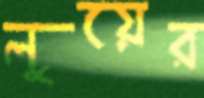
লুয়ের